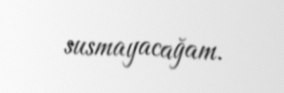
susmayacağam.